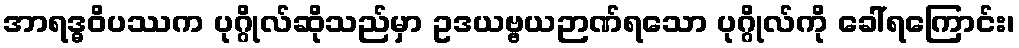
အာရဒ္ဓဝိပဿက ပုဂ္ဂိုလ်ဆိုသည်မှာ ဥဒယဗ္ဗယဉာဏ်ရသော ပုဂ္ဂိုလ်ကို ခေါ်ရကြောင်း၊